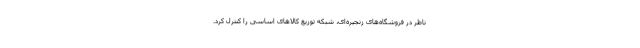
ناظر در فروشگاه‌های زنجیره‌ای، شبکه توزیع کالاهای اساسی را کنترل کرد.